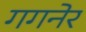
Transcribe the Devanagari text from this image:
गगनेर